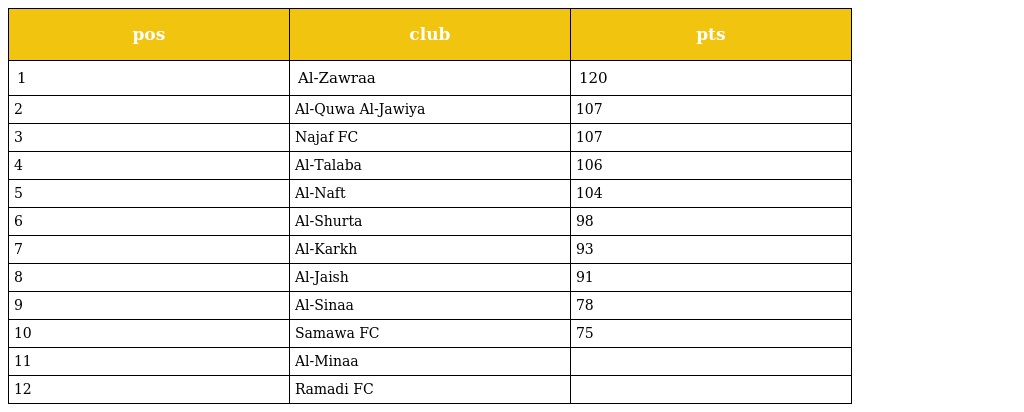
| pos | club | pts |
 | --- | --- | --- |
 | 1 | Al-Zawraa | 120 |
 | 2 | Al-Quwa Al-Jawiya | 107 |
 | 3 | Najaf FC | 107 |
 | 4 | Al-Talaba | 106 |
 | 5 | Al-Naft | 104 |
 | 6 | Al-Shurta | 98 |
 | 7 | Al-Karkh | 93 |
 | 8 | Al-Jaish | 91 |
 | 9 | Al-Sinaa | 78 |
 | 10 | Samawa FC | 75 |
 | 11 | Al-Minaa |  |
 | 12 | Ramadi FC |  |